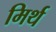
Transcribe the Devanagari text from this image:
मिर्थ